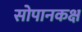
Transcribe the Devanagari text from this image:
सोपानकक्ष